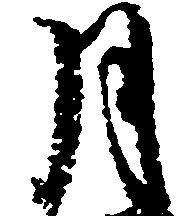
月